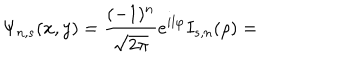
LaTeX: \Psi _ { n , s } ( x , y ) = \frac { ( - 1 ) ^ { n } } { \sqrt { 2 \pi } } e ^ { i l \varphi } I _ { s , n } ( \rho ) =